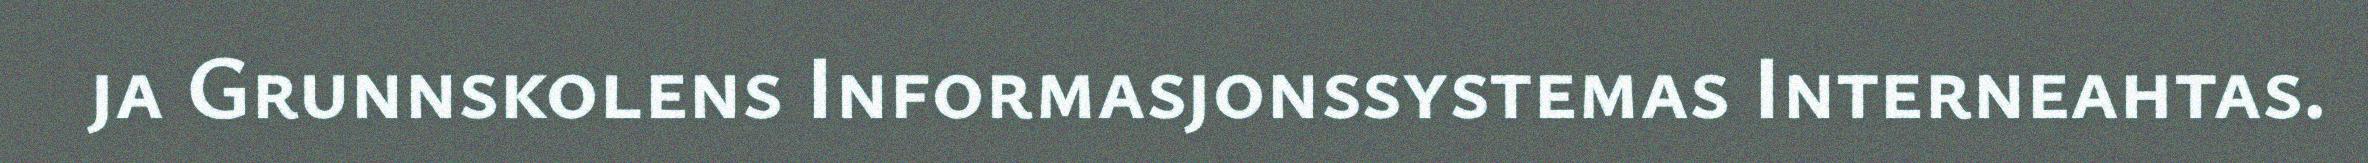
ja Grunnskolens Informasjonssystemas Interneahtas.